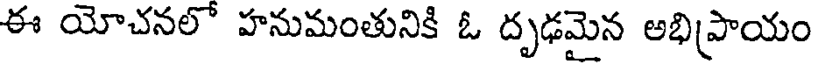
ఈ యోచనలో హనుమంతునికి ఓ దృఢమైన అభిప్రాయం